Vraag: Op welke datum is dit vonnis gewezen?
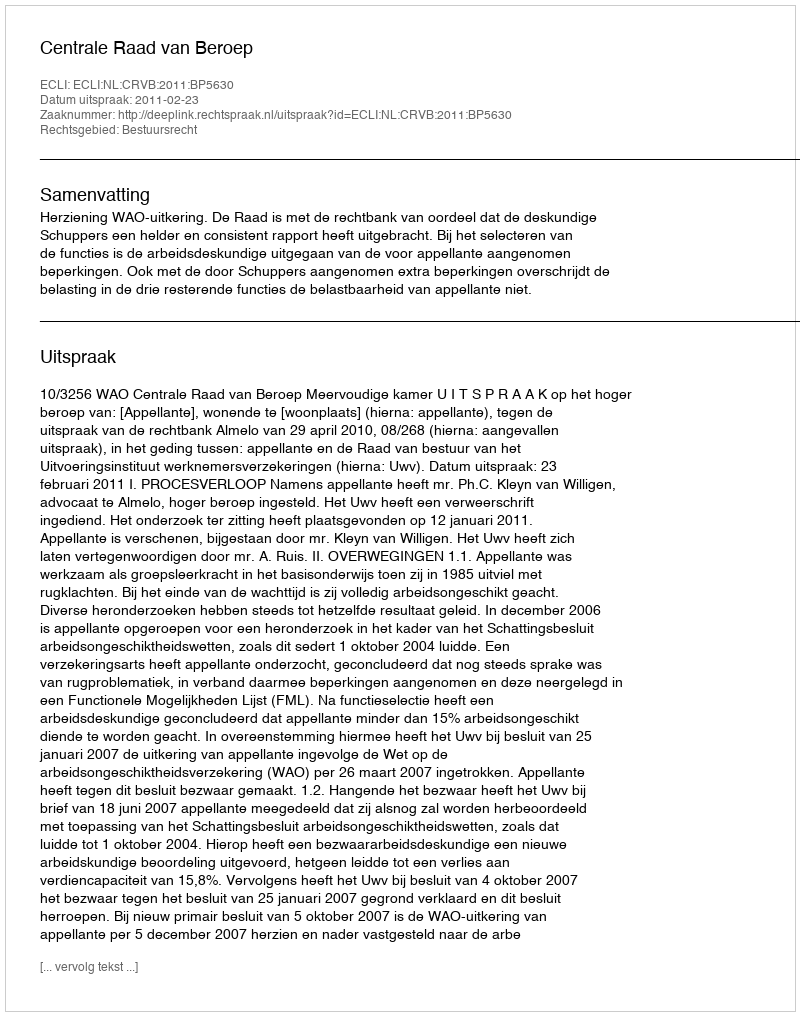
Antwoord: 2011-02-23